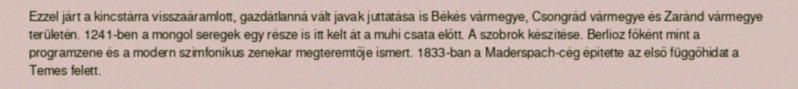
Ezzel járt a kincstárra visszaáramlott, gazdátlanná vált javak juttatása is Békés vármegye, Csongrád vármegye és Zaránd vármegye területén. 1241-ben a mongol seregek egy része is itt kelt át a muhi csata előtt. A szobrok készítése. Berlioz főként mint a programzene és a modern szimfonikus zenekar megteremtője ismert. 1833-ban a Maderspach-cég építette az első függőhidat a Temes felett.